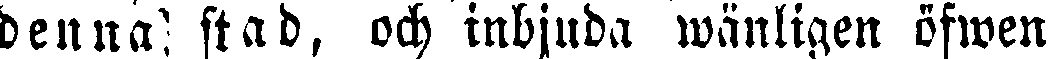
denna stad, och inbjuda wänligen öfwen